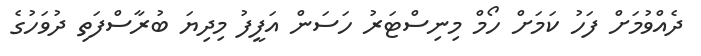
ދެއްވުމަށް ފަހު ކަމަށް ހޯމް މިނިސްޓަރު ހަސަން އަފީފު މިދިޔަ ބުރާސްފަތި ދުވަހުގެ